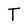
Character: T